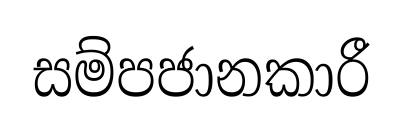
සම්පජානකාරී